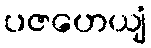
ပဇဟေယျံ